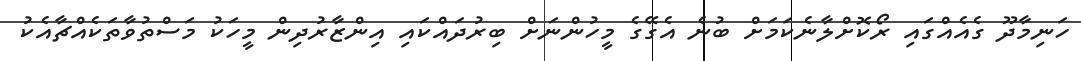
ހަނިމާދޫ ގެއެއްގައި ރޯކޮށްލާނެކަމަށް ބުނެ އެގޭގެ މީހުންނަށް ބިރުދައްކައި އިންޒާރުދިން މީހަކު މަސްތުވާތަކެއްޗާއެކު